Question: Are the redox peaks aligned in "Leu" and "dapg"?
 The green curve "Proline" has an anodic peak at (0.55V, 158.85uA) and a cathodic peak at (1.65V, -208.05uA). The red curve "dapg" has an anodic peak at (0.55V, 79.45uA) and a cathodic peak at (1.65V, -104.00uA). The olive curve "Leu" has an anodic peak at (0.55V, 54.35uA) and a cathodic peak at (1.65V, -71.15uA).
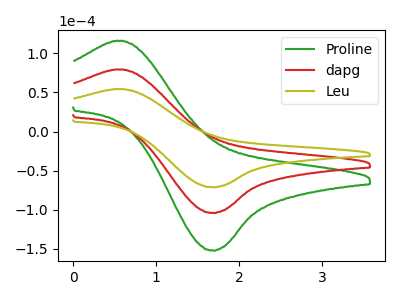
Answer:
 <answer>Yes, "Leu" have a peak in "dapg" at the same potential.</answer>
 <eval>match</eval>